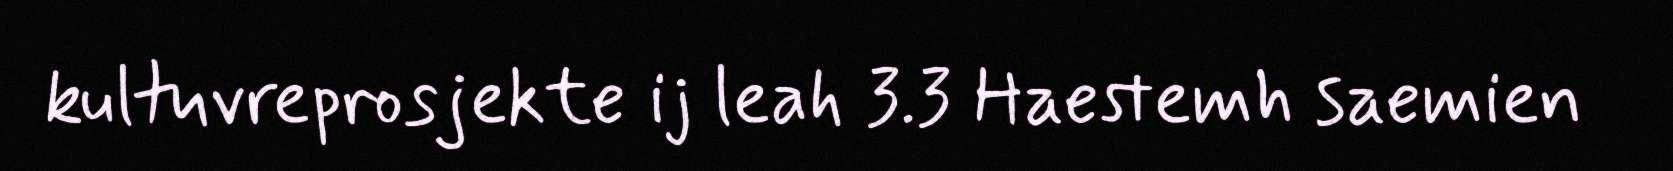
kultuvreprosjekte ij leah 3.3 Haestemh saemien